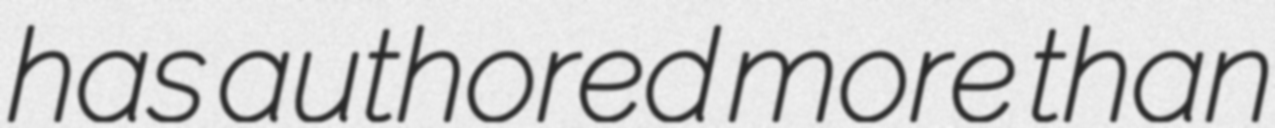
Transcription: has authored more than